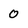
Character: 0